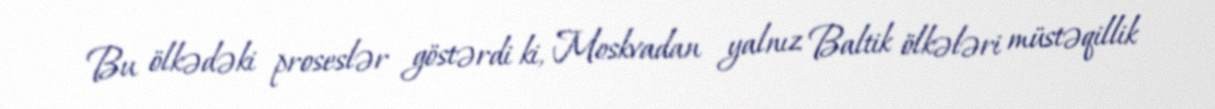
Bu ölkədəki proseslər göstərdi ki, Moskvadan yalnız Baltik ölkələri müstəqillik